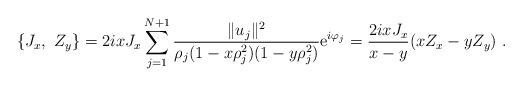
LaTeX: \begin{align*}\{J_x,\ Z_y\}=2ixJ_x\sum_{j=1}^{N+1}\frac{\Vert u_j\Vert^2}{\rho_j(1-x\rho_j^2)(1-y\rho_j^2)}{\mathrm{e}}^{i\varphi_j}=\frac{2ixJ_x}{x-y}(xZ_x-yZ_y)\ .\end{align*}